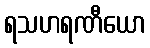
ရသဟရဏီယော